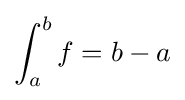
\int _{a}^{b}f=b-a